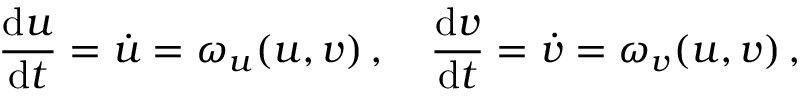
\frac { \mathrm { d } u } { \mathrm { d } t } = \dot { u } = \omega _ { u } ( u , v ) \, , \quad \frac { \mathrm { d } v } { \mathrm { d } t } = \dot { v } = \omega _ { v } ( u , v ) \, ,